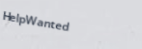
HelpWanted